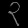
Digit: ၃